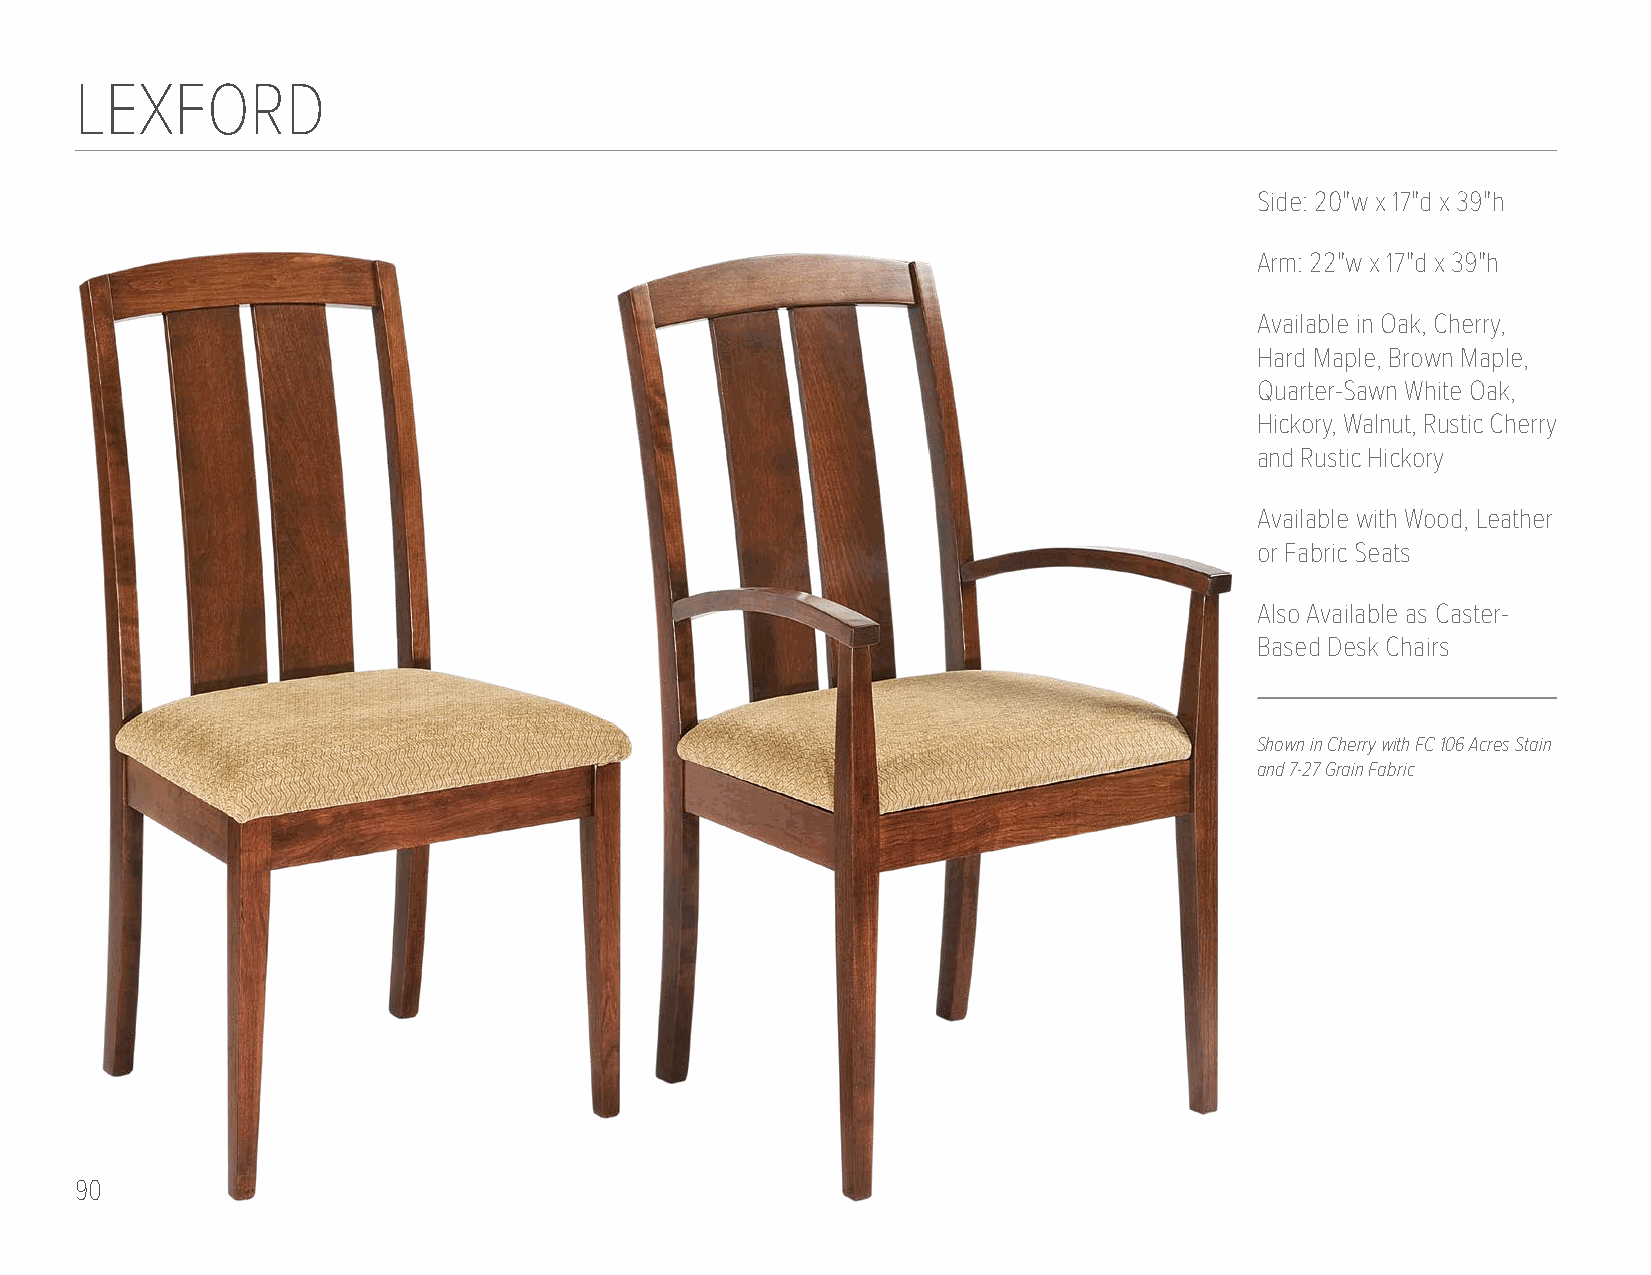
LEXFORD
 Side: 20"w x 17"d x 39"h
 Arm: 22"w x 17"d x 39"h
 Available in Oak, Cherry,
 Hard Maple, Brown Maple,
 Quarter-Sawn White Oak,
 Hickory, Walnut, Rustic Cherry
 and Rustic Hickory
 Available with Wood, Leather
 or Fabric Seats
 Also Available as Caster-
 Based Desk Chairs
 Shown in Cherry with FC 106 Acres Stain
 and 7-27 Grain Fabric
 90